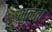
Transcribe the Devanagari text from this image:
भुनता